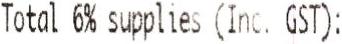
TOTAL 6% SUPPLIES (INC. GST):